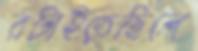
রটাইতেছিলে